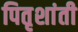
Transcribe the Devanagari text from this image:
पितृशांती